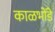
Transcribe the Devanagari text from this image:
काळभोंडे